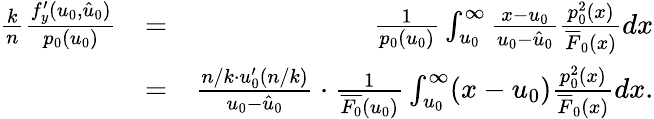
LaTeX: \begin{array}{rlr}{\frac{k}{n}\frac{f_{y}^{\prime}(u_{0},\hat{u}_{0})}{p_{0}(u_{0})}}&{=}&{\frac{1}{p_{0}(u_{0})}\int_{u_{0}}^{\infty}\frac{x-u_{0}}{u_{0}-\hat{u}_{0}}\frac{p_{0}^{2}(x)}{\overline{{F}}_{0}(x)}dx}\\ &{=}&{\frac{n/k\cdot u_{0}^{\prime}(n/k)}{u_{0}-\hat{u}_{0}}\cdot\frac{1}{\overline{{F_{0}}}(u_{0})}\int_{u_{0}}^{\infty}(x-u_{0})\frac{p_{0}^{2}(x)}{\overline{{F}}_{0}(x)}dx.}\end{array}